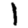
Digit: 1